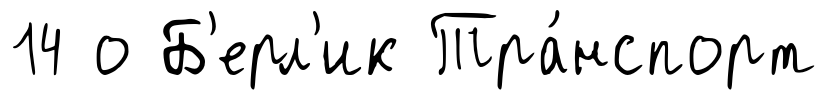
14 о Б'ерл'ик Тра́нспорт